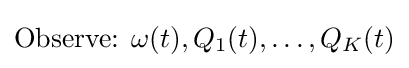
{\text{Observe:  }}\omega (t),Q_{1}(t),\ldots ,Q_{K}(t)